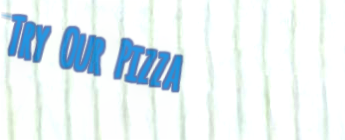
Try Our Pizza